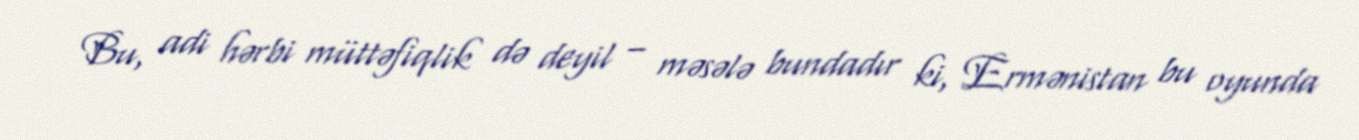
Bu, adi hərbi müttəfiqlik də deyil – məsələ bundadır ki, Ermənistan bu oyunda